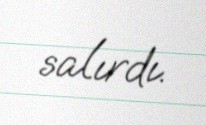
salırdı.